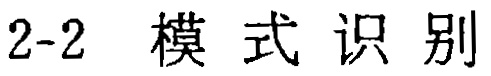
2-2 模式识别